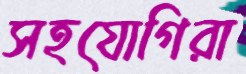
সহযোগিরা